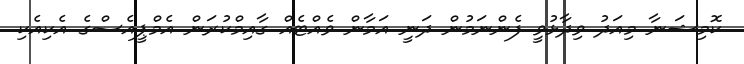
ކޮމިޝަނާ މިއަދު ވިދާޅުވީ ފެންނަމުން ދަނީ އަމާން ވެއްޓެއް ގާއިމްކުރަން އެމްޕީއެސްގެ އެކިއެކި